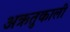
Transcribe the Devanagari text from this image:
अऋतुकाली